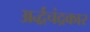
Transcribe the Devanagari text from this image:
अर्द्धचंद्रकार